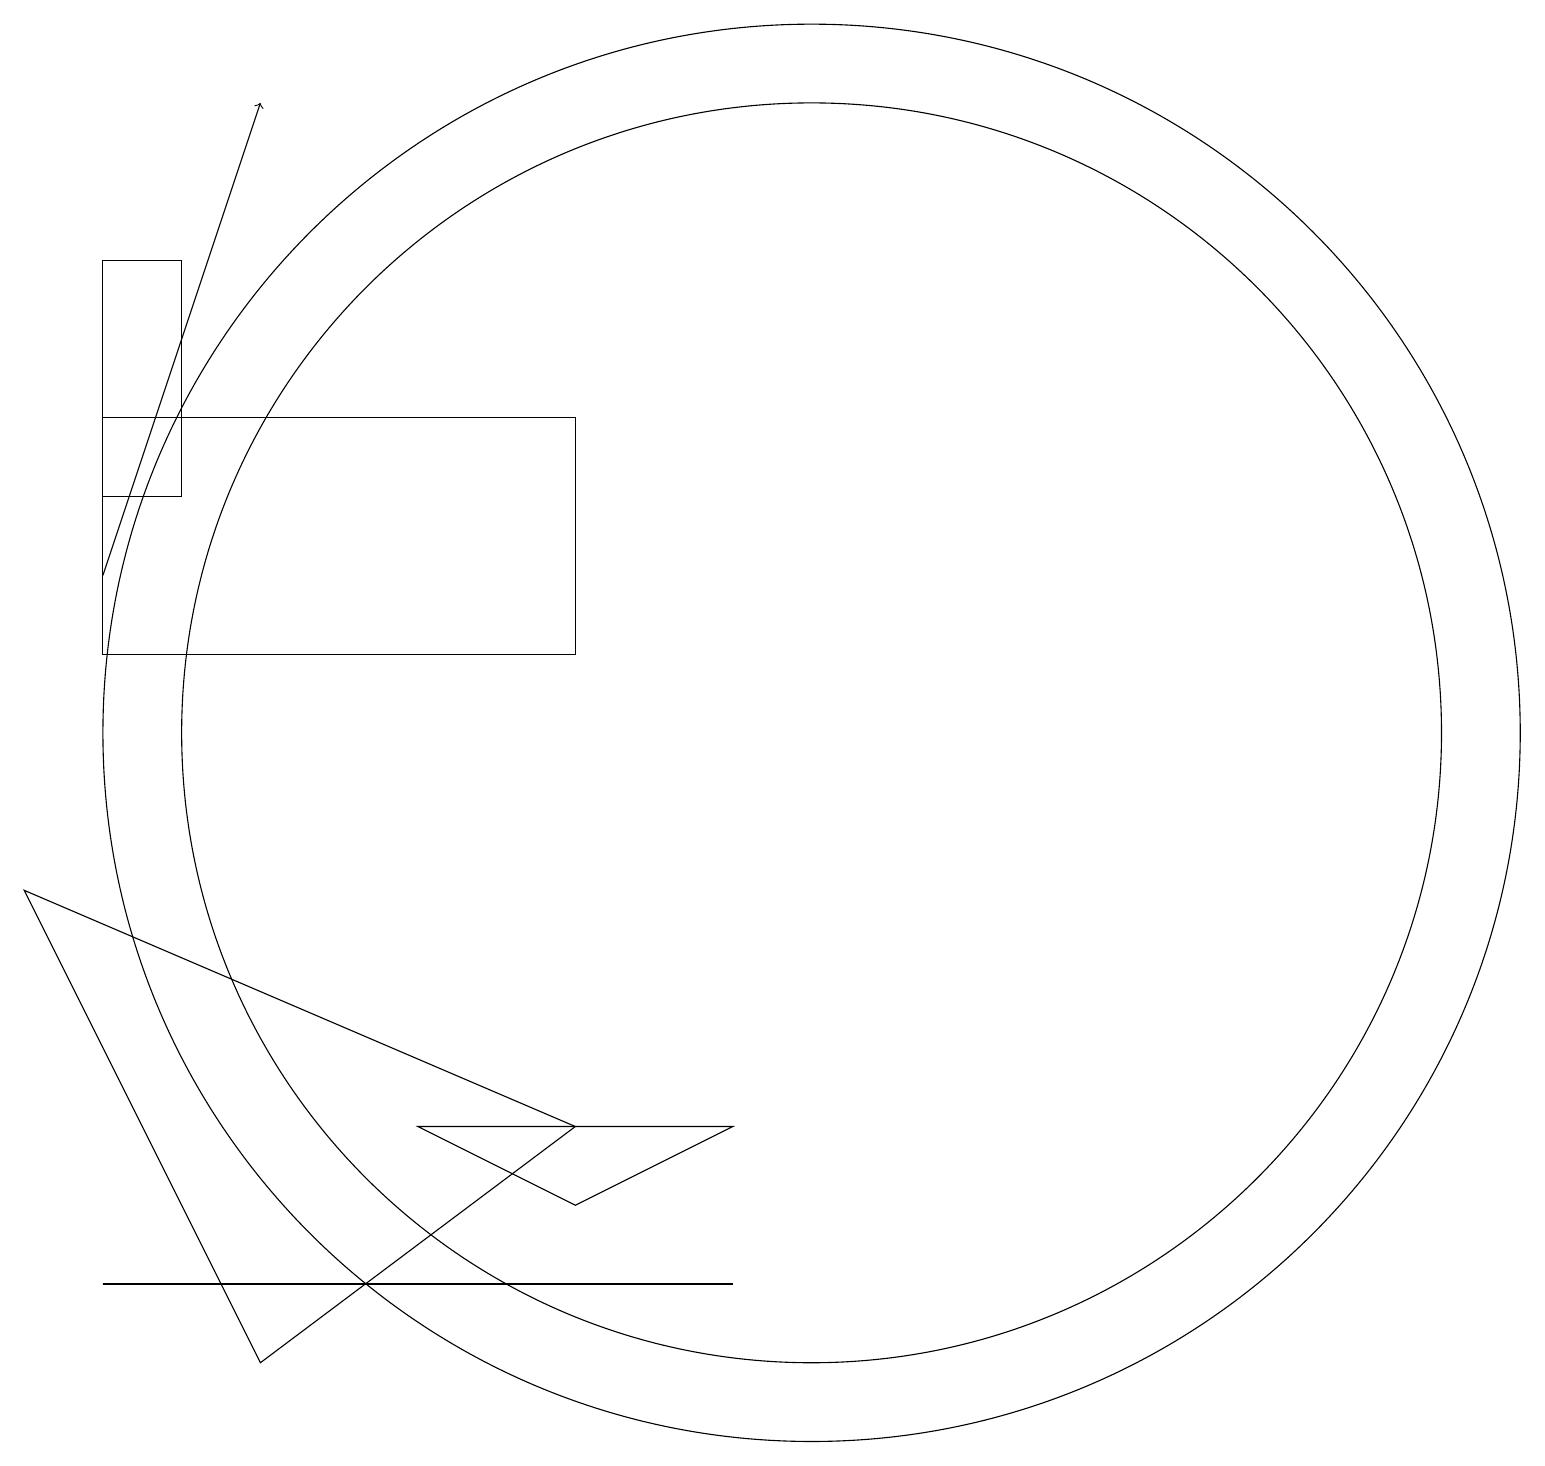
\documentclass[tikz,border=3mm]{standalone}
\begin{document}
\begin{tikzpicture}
\draw (7,5) -- (9,6) -- (5,6) -- cycle;
\draw[->] (1,13) -- (3,19);
\draw (10,11) circle (8);
\draw (10,11) circle (9);
\draw (1,15) rectangle (7,12);
\draw (3,3) -- (0,9) -- (7,6) -- cycle;
\draw (1,4) -- (5,4) -- (9,4) -- cycle;
\draw (1,14) rectangle (2,17);
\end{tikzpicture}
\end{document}